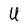
Character: U